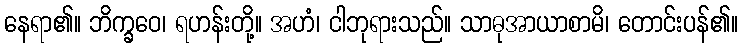
နေရာ၏။ ဘိက္ခဝေ၊ ရဟန်းတို့။ အဟံ၊ ငါဘုရားသည်။ သာဓုအာယာစာမိ၊ တောင်းပန်၏။